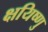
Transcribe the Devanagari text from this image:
क्षयिष्णु